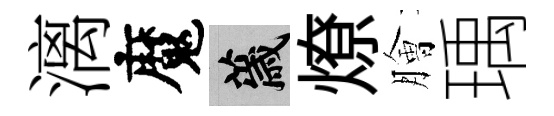
漓魔薉燎膾瑀